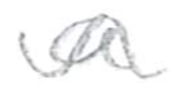
Text: a
Cross-out: wave
Writing tool: pencil